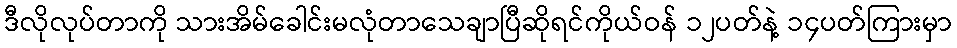
ဒီလိုလုပ်တာကို သားအိမ်ခေါင်းမလုံတာသေချာပြီဆိုရင်ကိုယ်ဝန် ၁၂ပတ်နဲ့ ၁၄ပတ်ကြားမှာ